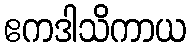
ဧကဒါသိကာယ